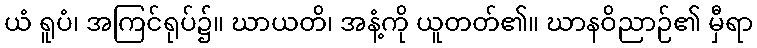
ယံ ရူပံ၊ အကြင်ရုပ်၌။ ဃာယတိ၊ အနံ့ကို ယူတတ်၏။ ဃာနဝိညာဉ်၏ မှီရာ